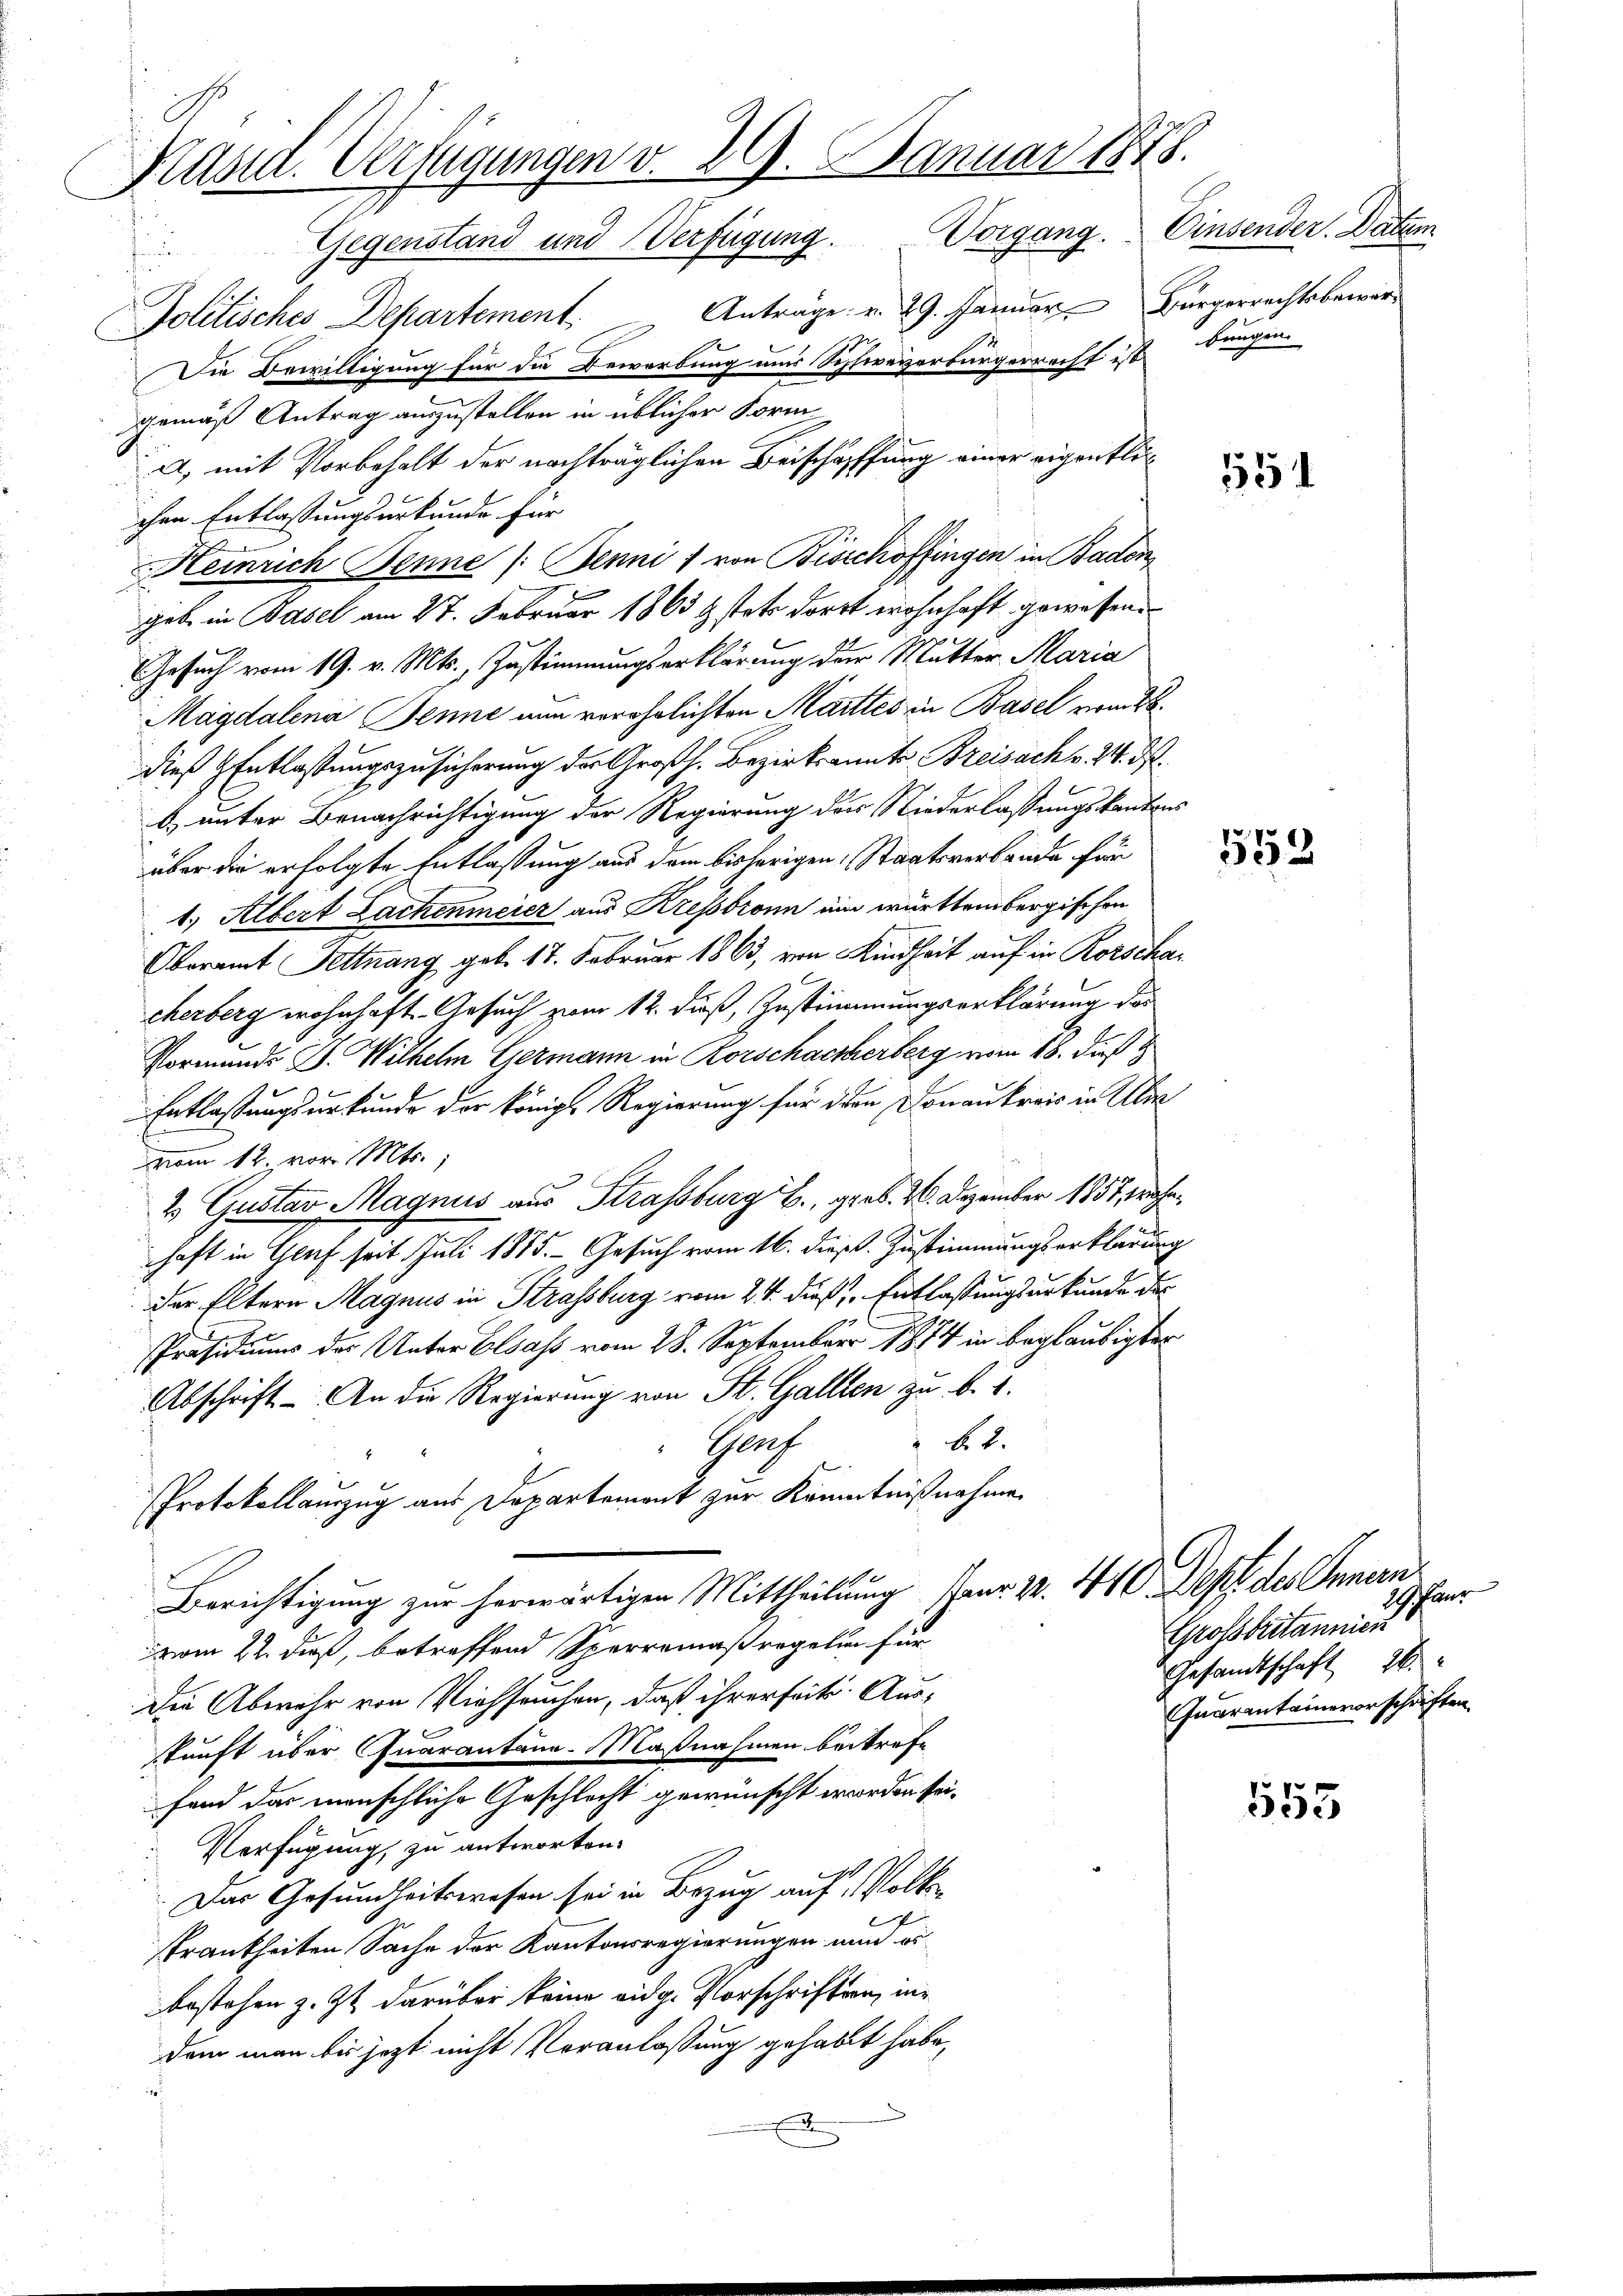
Käsid. Verfügungen v. 29. Januar 1878.
Einsender. Datum
Gegenstand und Verfügung. Vorgang.
fun
Anträge v. 29. Januar Bürgerrechtsbewar¬
Politisches Departement.
Die Bewilligung für die Bewerbung uns Schlieverbürgerrecht ist bringen.
gemäß Antrag auszustellen in üblicher Form

A, mit Vorbehalt der nachträglichen Beischaffung einer eigentlic
chen Entlassungsurkunde für
e
Heinrich Benne (Penni 1 von Bischoffingen in Baden,
geb in Basel am 27. Februar 1863 & stets dort wohnhaft gewesen.
Gesuch vom 19. v. Mts., Zustimmungserklärung der Mutter Maria
Magdalena Jenne nun verehelichten Marties in Basel vom 26.
dieß HEntlaßungszusicherung des Großh. Bezirksamts Breisack v. 24. d.
b) unter Benachrichtigung der Regierung der Niederlassungskantons
über die erfolgte Entlassung aus dem bisherigen Staatsverbande für
1.) Albert Lachenmeier aus Kressbronn ein württembergischen
Oberamt Fettnang geb. 17. Februar 1863, von Kindheit auf in Rorschacherberg wohnhaft Gesuch zum 12. dieß, Zustimmungserklärung des
Vormunde B. Wilhelm Germann in Rorschacherberg vom 18. dieß
Entlaßungsurkunde der Königl. Regierung für den Donaukreis in Über
vom 12. vor. Mts.,
2 Gustav Magnus aus Strassburg E., grob. 2. Dezember 1851, wohnhaft in Genf seit Juli 1885. - Gesuch vom 16. dieß. Zustimmungserklärung
der Eltern Magnus in Strassburg vom 24. dieß zu Entlassungsurkunde des
Präsidium der Unter besass vom 28. September 1874 in beglaubigter
Abschrift. – An die Regierung von St. Gallen zu b. 2.
b. 2.
Sach
Protokollauszug aus Departement zur Kenntnißnahme
Berichtigung zur herwärtigen Mittheilung Paur 23. 410. Defft des Innern
vom 22. dieß, betreffend Sperremaßregelin für
Die Abwehr von Viehseuchen, daß ihrerseit Aus-
skunft über Quarantane-Maßnahmen bestrafe
fand das menschliche Geschlecht gewünscht worden sei.
Verfügung, zu antworten.
Das Gesundheitswesen sei in Bezug auf Volk
srankheiten Sache der Kantonsregierungen und erbestehen z. Zt. darüber keine eidg. Vorschriften, in
dem man bis jetzt nicht Veranlassung gehabt habe,
2

554

5552

553

harr
Großbritannien
Gesandtschaft 26
Quarantainevorschriften